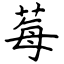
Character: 莓